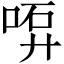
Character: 𠶡